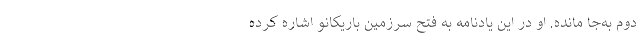
دوم به‌جا مانده. او در این یادنامه به فتح سرزمین باریکانو اشاره کرده